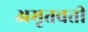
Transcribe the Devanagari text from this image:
अमृतवती